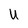
Character: u